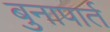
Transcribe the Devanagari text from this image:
बुनापार्त